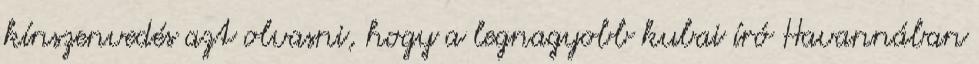
kínszenvedés azt olvasni, hogy a legnagyobb kubai író Havannában